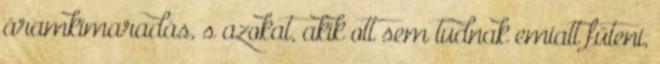
áramkimaradás, s azokat, akik ott sem tudnak emiatt fűteni,